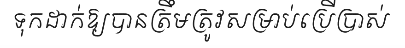
ទុកដាក់ឱ្យបានត្រឹមត្រូវសម្រាប់ប្រើប្រាស់